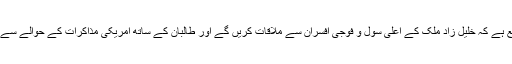
اس دورے کے دوران توقع ہے کہ خلیل زاد ملک کے اعلیٰ سول و فوجی افسران سے ملاقات کریں گے اور طالبان کے ساتھ امریکی مذاکرات کے حوالے سے انہیں اعتماد میں لیں گے۔